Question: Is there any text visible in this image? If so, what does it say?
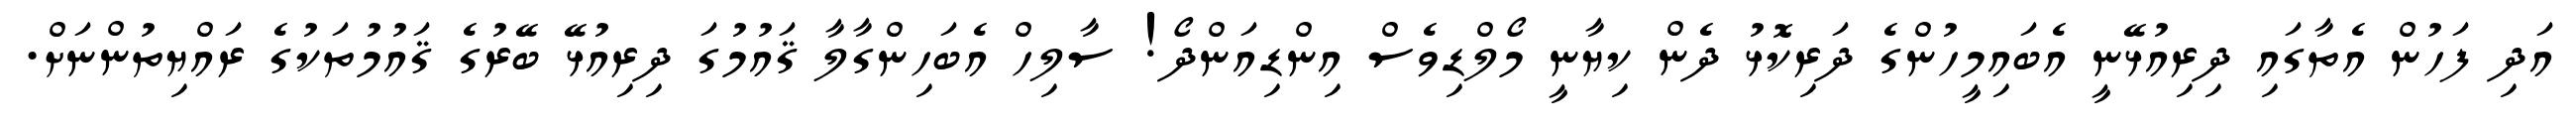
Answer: އަދި ފަހުން އެތާގައި ދިރިއުޅޭނީ އެބައިމީހުންގެ ދަރިކޮޅު ދެން ކިޔާނީ މޯލްޑިވެސް އިންޑިއަންދޯ! ސާލިހް އެބަހިންގާލާ ޤައުމުގަ ދިރިއުޅޭ ބޭރުގެ ޤައުމުތަކުގެ ރައްޔިތުންނަށް.